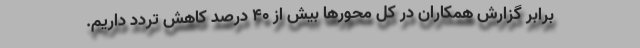
برابر گزارش همکاران در کل محور‌ها بیش از ۴۰ درصد کاهش تردد داریم.